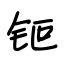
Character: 钷